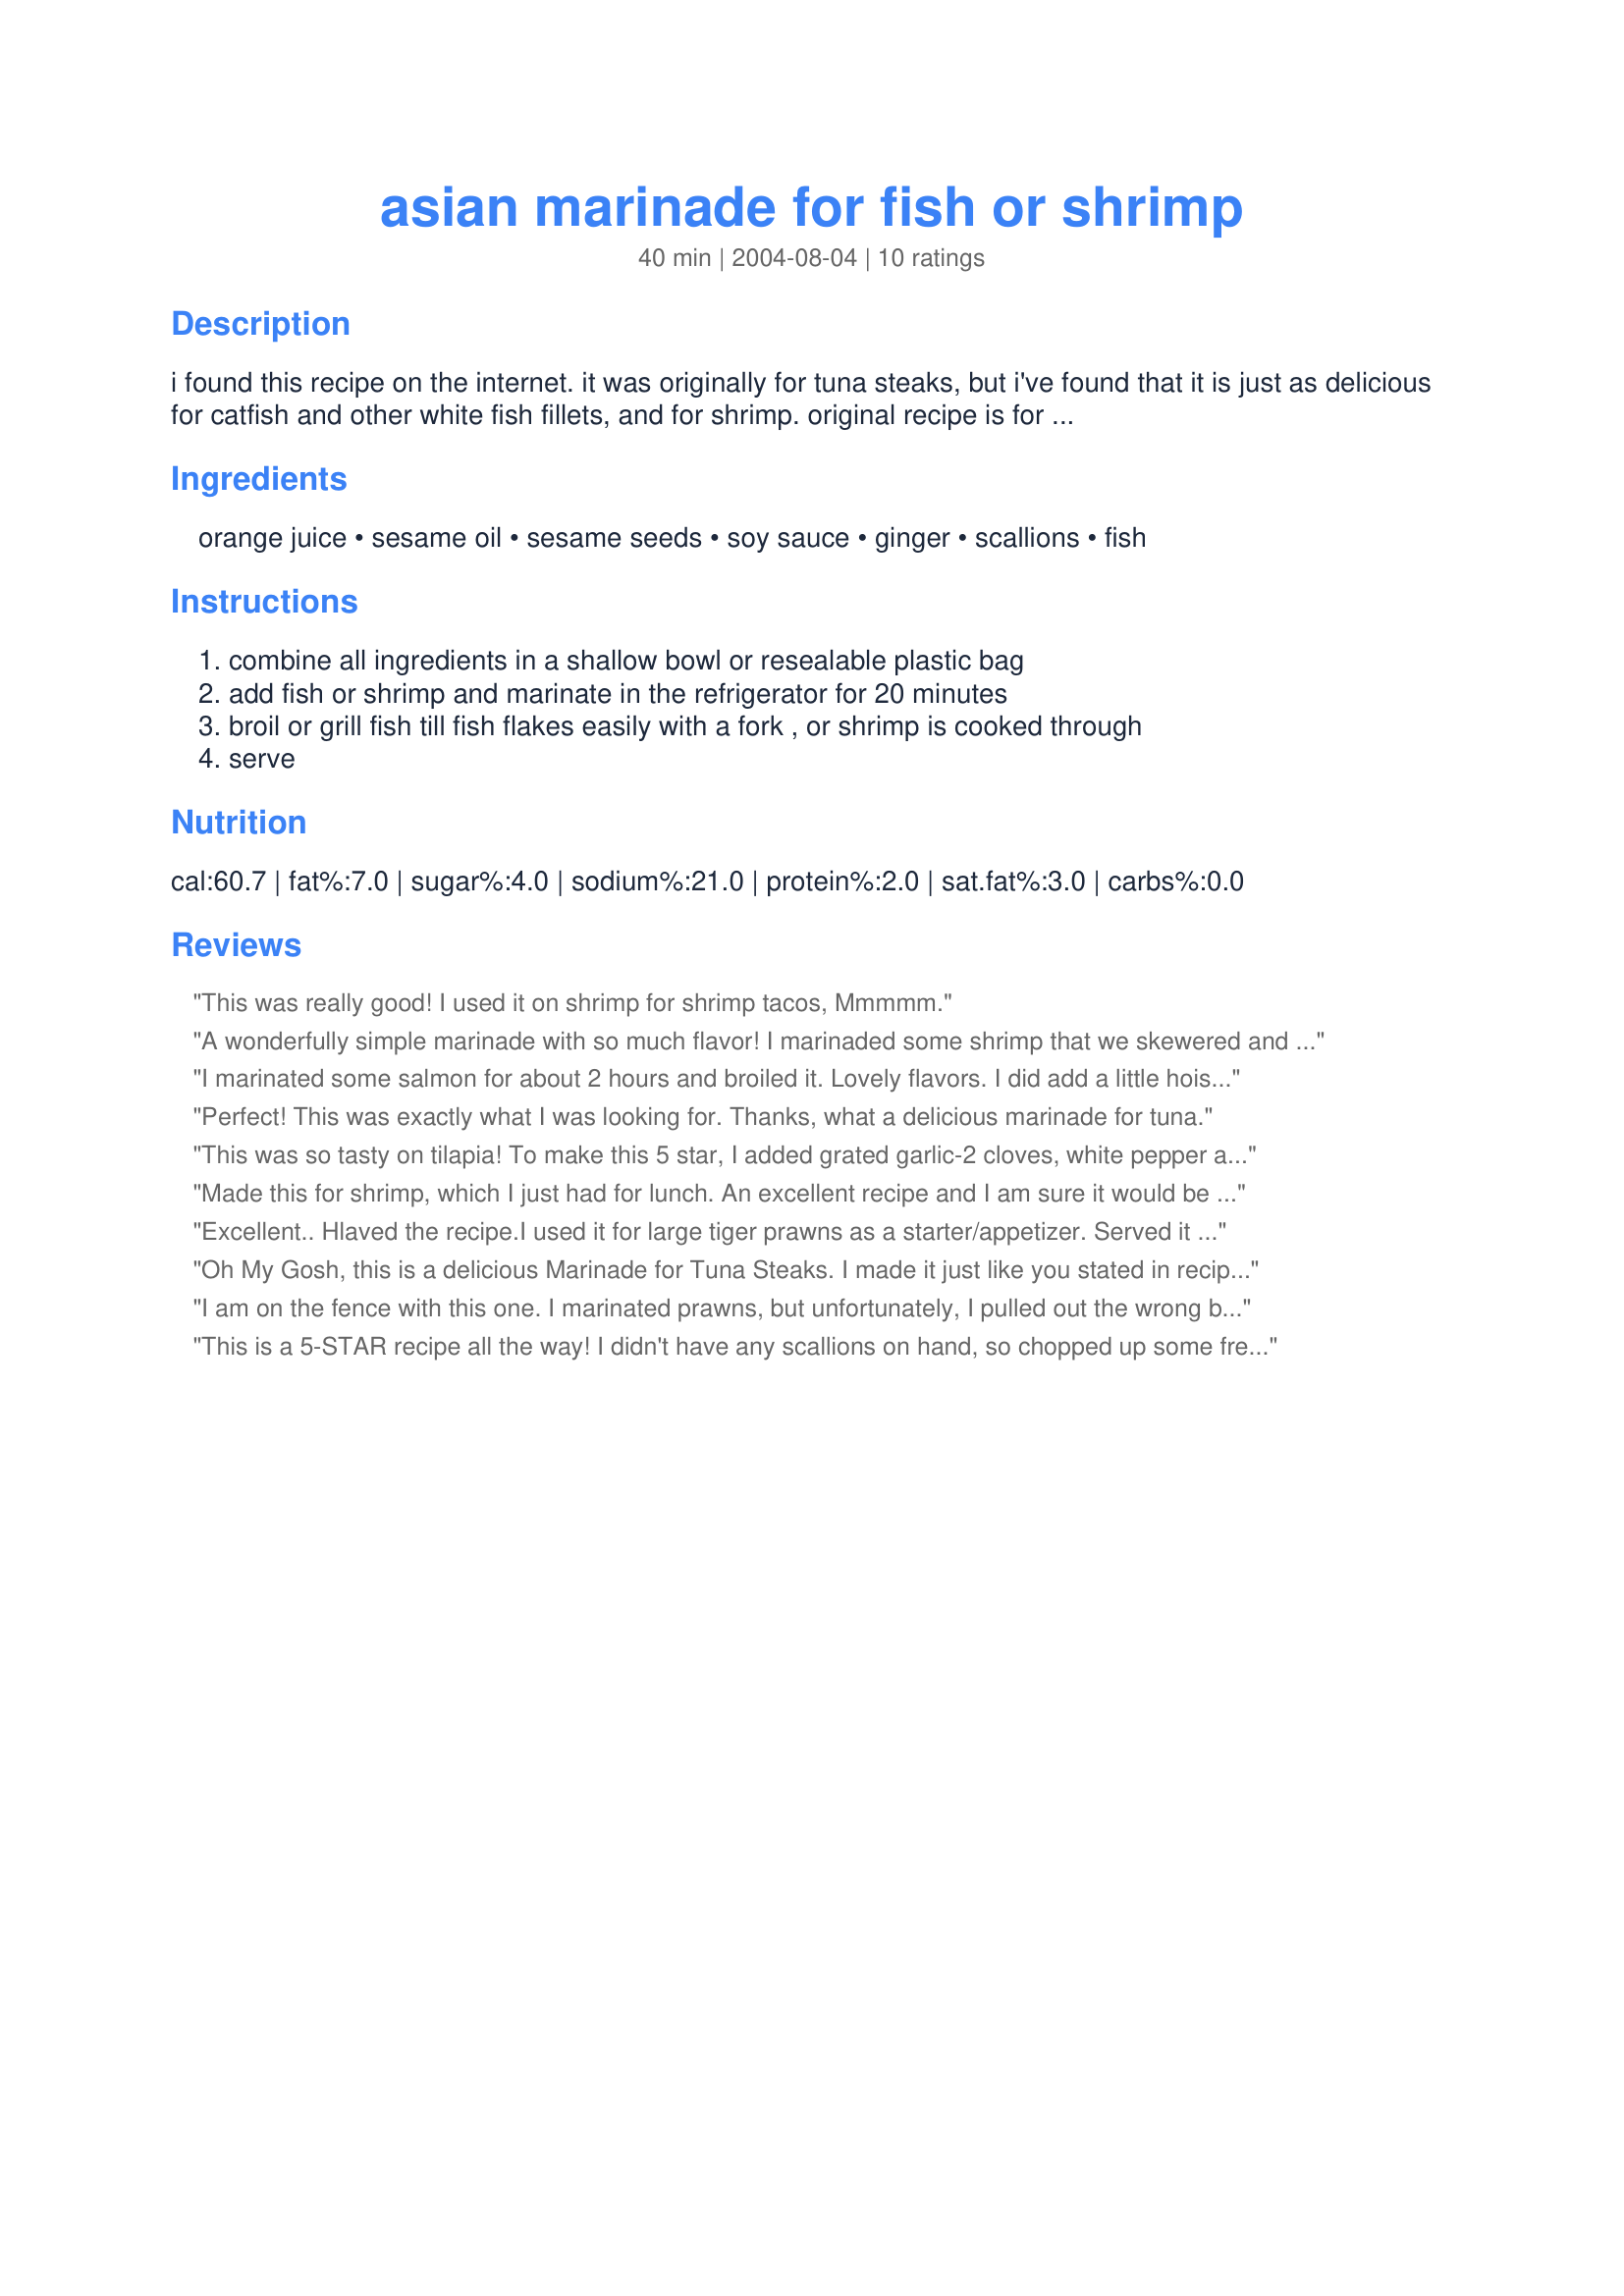
asian marinade for fish or shrimp
Preparation time: 40 minutes

i found this recipe on the internet. it was originally for tuna steaks, but i've found that it is just as delicious for catfish and other white fish fillets, and for shrimp. original recipe is for 1 pound of fish, but i think this makes enough to marinate a bit more than that. preparation time includes 20 minutes marinating time.

Ingredients:
orange juice, sesame oil, sesame seeds, soy sauce, ginger, scallions, fish

Steps:
combine all ingredients in a shallow bowl or resealable plastic bag
add fish or shrimp and marinate in the refrigerator for 20 minutes
broil or grill fish till fish flakes easily with a fork , or shrimp is cooked through
serve

Reviews:
This was really good! I used it on shrimp for shrimp tacos, Mmmmm.
A wonderfully simple marinade with so much flavor! I marinaded some shrimp that we skewered and threw on the grill. Goes great with some angelhair pasta!
I marinated some salmon for about 2 hours and broiled it. Lovely flavors. I did add a little hoisin with the leftover marinade for a touch of sweetness. Thanks for a yummy dinner!
Perfect! This was exactly what I was looking for. Thanks, what a delicious marinade for tuna.
This was so tasty on tilapia! To make this 5 star, I added grated garlic-2 cloves, white pepper and 2 tablespoons of brown sugar. I marinated my fish for a couple hours in the fridge. I served it with jasmine rice, King Hawaiian rolls and skewers of grilled baby carrots-yum! I will use again, I think orange juice is one of my favorite marinade ingredients for fish! Thanks!
Made this for shrimp, which I just had for lunch. An excellent recipe and I am sure it would be great with any kind of fish. I marinated the shrimp for about 2 hours then grilled them.
Excellent.. Hlaved the recipe.I used it for large tiger prawns as a starter/appetizer. Served it with sprinkled with green onions and chopped chilies..thanks!
Oh My Gosh, this is a delicious Marinade for Tuna Steaks. I made it just like you stated in recipe, mixed all ingredients in plastic bag added the tuna and marinated for about 30 minutes before grilling the tuna. DH said, this is the BEST. I will defintely be making this again and will try it with other fish & shrimp
I am on the fence with this one. I marinated prawns, but unfortunately, I pulled out the wrong bag and they were 51-60 count. Maybe if they were a bigger prawn they might have bbq'ed up better! Everyone liked them...but I was expecting something a bit more from this sauce. Maybe if it had some garlic in the marinade there would be a more of a pow to it!!! Sorry I am "odd man out"!
This is a 5-STAR recipe all the way! I didn't have any scallions on hand, so chopped up some fresh chives from the garden and used that in the marinade. Used jumbo shrimp (raw, peeled and de-veined) and marinaded for 2-3 hours. Used wooden skewers and grilled for just 3 minutes per side....perfectly cooked and bursting with flavor!!!
